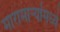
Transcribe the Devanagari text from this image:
मारामाऱ्यांमध्ये